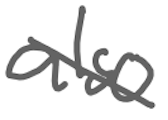
Text: also
Cross-out: diagonal
Writing tool: digital_gray